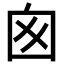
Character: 囪